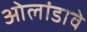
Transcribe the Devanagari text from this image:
ओलांडावे